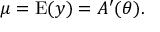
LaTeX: \mu = \operatorname { E } ( y ) = A ^ { \prime } ( \theta ) .